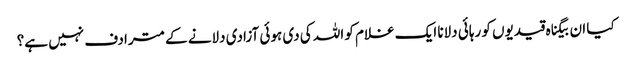
کیا ان بیگناہ قیدیوں کو رہائی دلانا ایک غلام کو اللہ کی دی ہوئی آزادی دلانے کے مترادف نہیں ہے؟